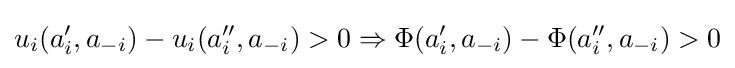
u_{i}(a'_{i},a_{-i})-u_{i}(a''_{i},a_{-i})>0\Rightarrow \Phi (a'_{i},a_{-i})-\Phi (a''_{i},a_{-i})>0